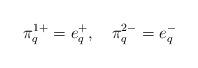
LaTeX: \begin{align*}\pi^{1+}_{q}=e^+_q,\quad\pi^{2-}_{q}=e^-_q\end{align*}